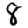
Digit: 8